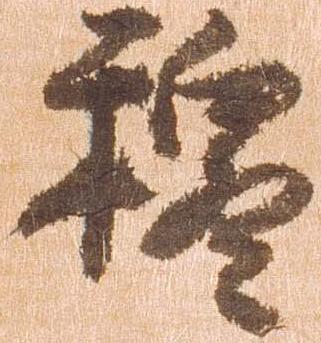
穆